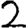
Digit: 2